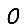
Digit: 0